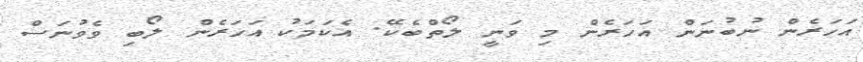
އަހަރެން ނުބުނަން އަހަރެން މި ވަނީ ލޯތްބެކޭ. އެކަމަކު އަހަރެން ލޯބި ވެވުނަސް